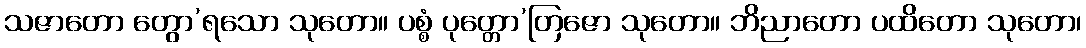
သဇာတော တွော’ရသော သုတော။ ပစ္စံ ပုတ္တော’တြဇော သုတော။ ဘိညာတော ပထိတော သုတော၊